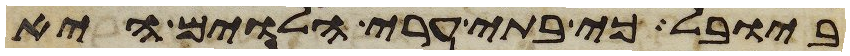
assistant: ביובל כי בתי ערי הלוים היא